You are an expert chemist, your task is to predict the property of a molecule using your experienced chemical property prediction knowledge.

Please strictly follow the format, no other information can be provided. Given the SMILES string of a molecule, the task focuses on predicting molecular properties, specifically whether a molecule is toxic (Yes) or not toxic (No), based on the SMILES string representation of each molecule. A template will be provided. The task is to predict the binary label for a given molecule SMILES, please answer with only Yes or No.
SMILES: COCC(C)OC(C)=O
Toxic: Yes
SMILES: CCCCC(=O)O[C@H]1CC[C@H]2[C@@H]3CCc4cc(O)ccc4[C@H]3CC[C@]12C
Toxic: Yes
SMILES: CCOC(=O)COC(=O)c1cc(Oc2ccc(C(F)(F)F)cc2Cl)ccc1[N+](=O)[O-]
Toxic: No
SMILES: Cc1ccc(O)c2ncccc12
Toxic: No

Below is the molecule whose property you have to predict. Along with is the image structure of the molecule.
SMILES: O=C(O)c1ccccc1C(=O)Nc1cccc2ccccc12
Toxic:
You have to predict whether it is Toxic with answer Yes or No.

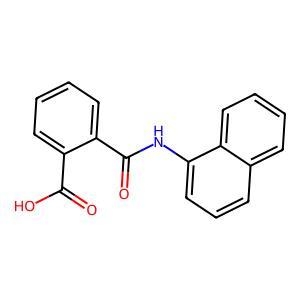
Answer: No